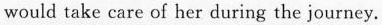
would take care of her during the journey.